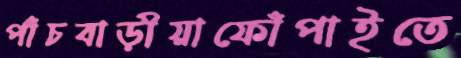
পাঁচবাড়ীয়াফোঁপাইতে